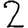
Digit: 2